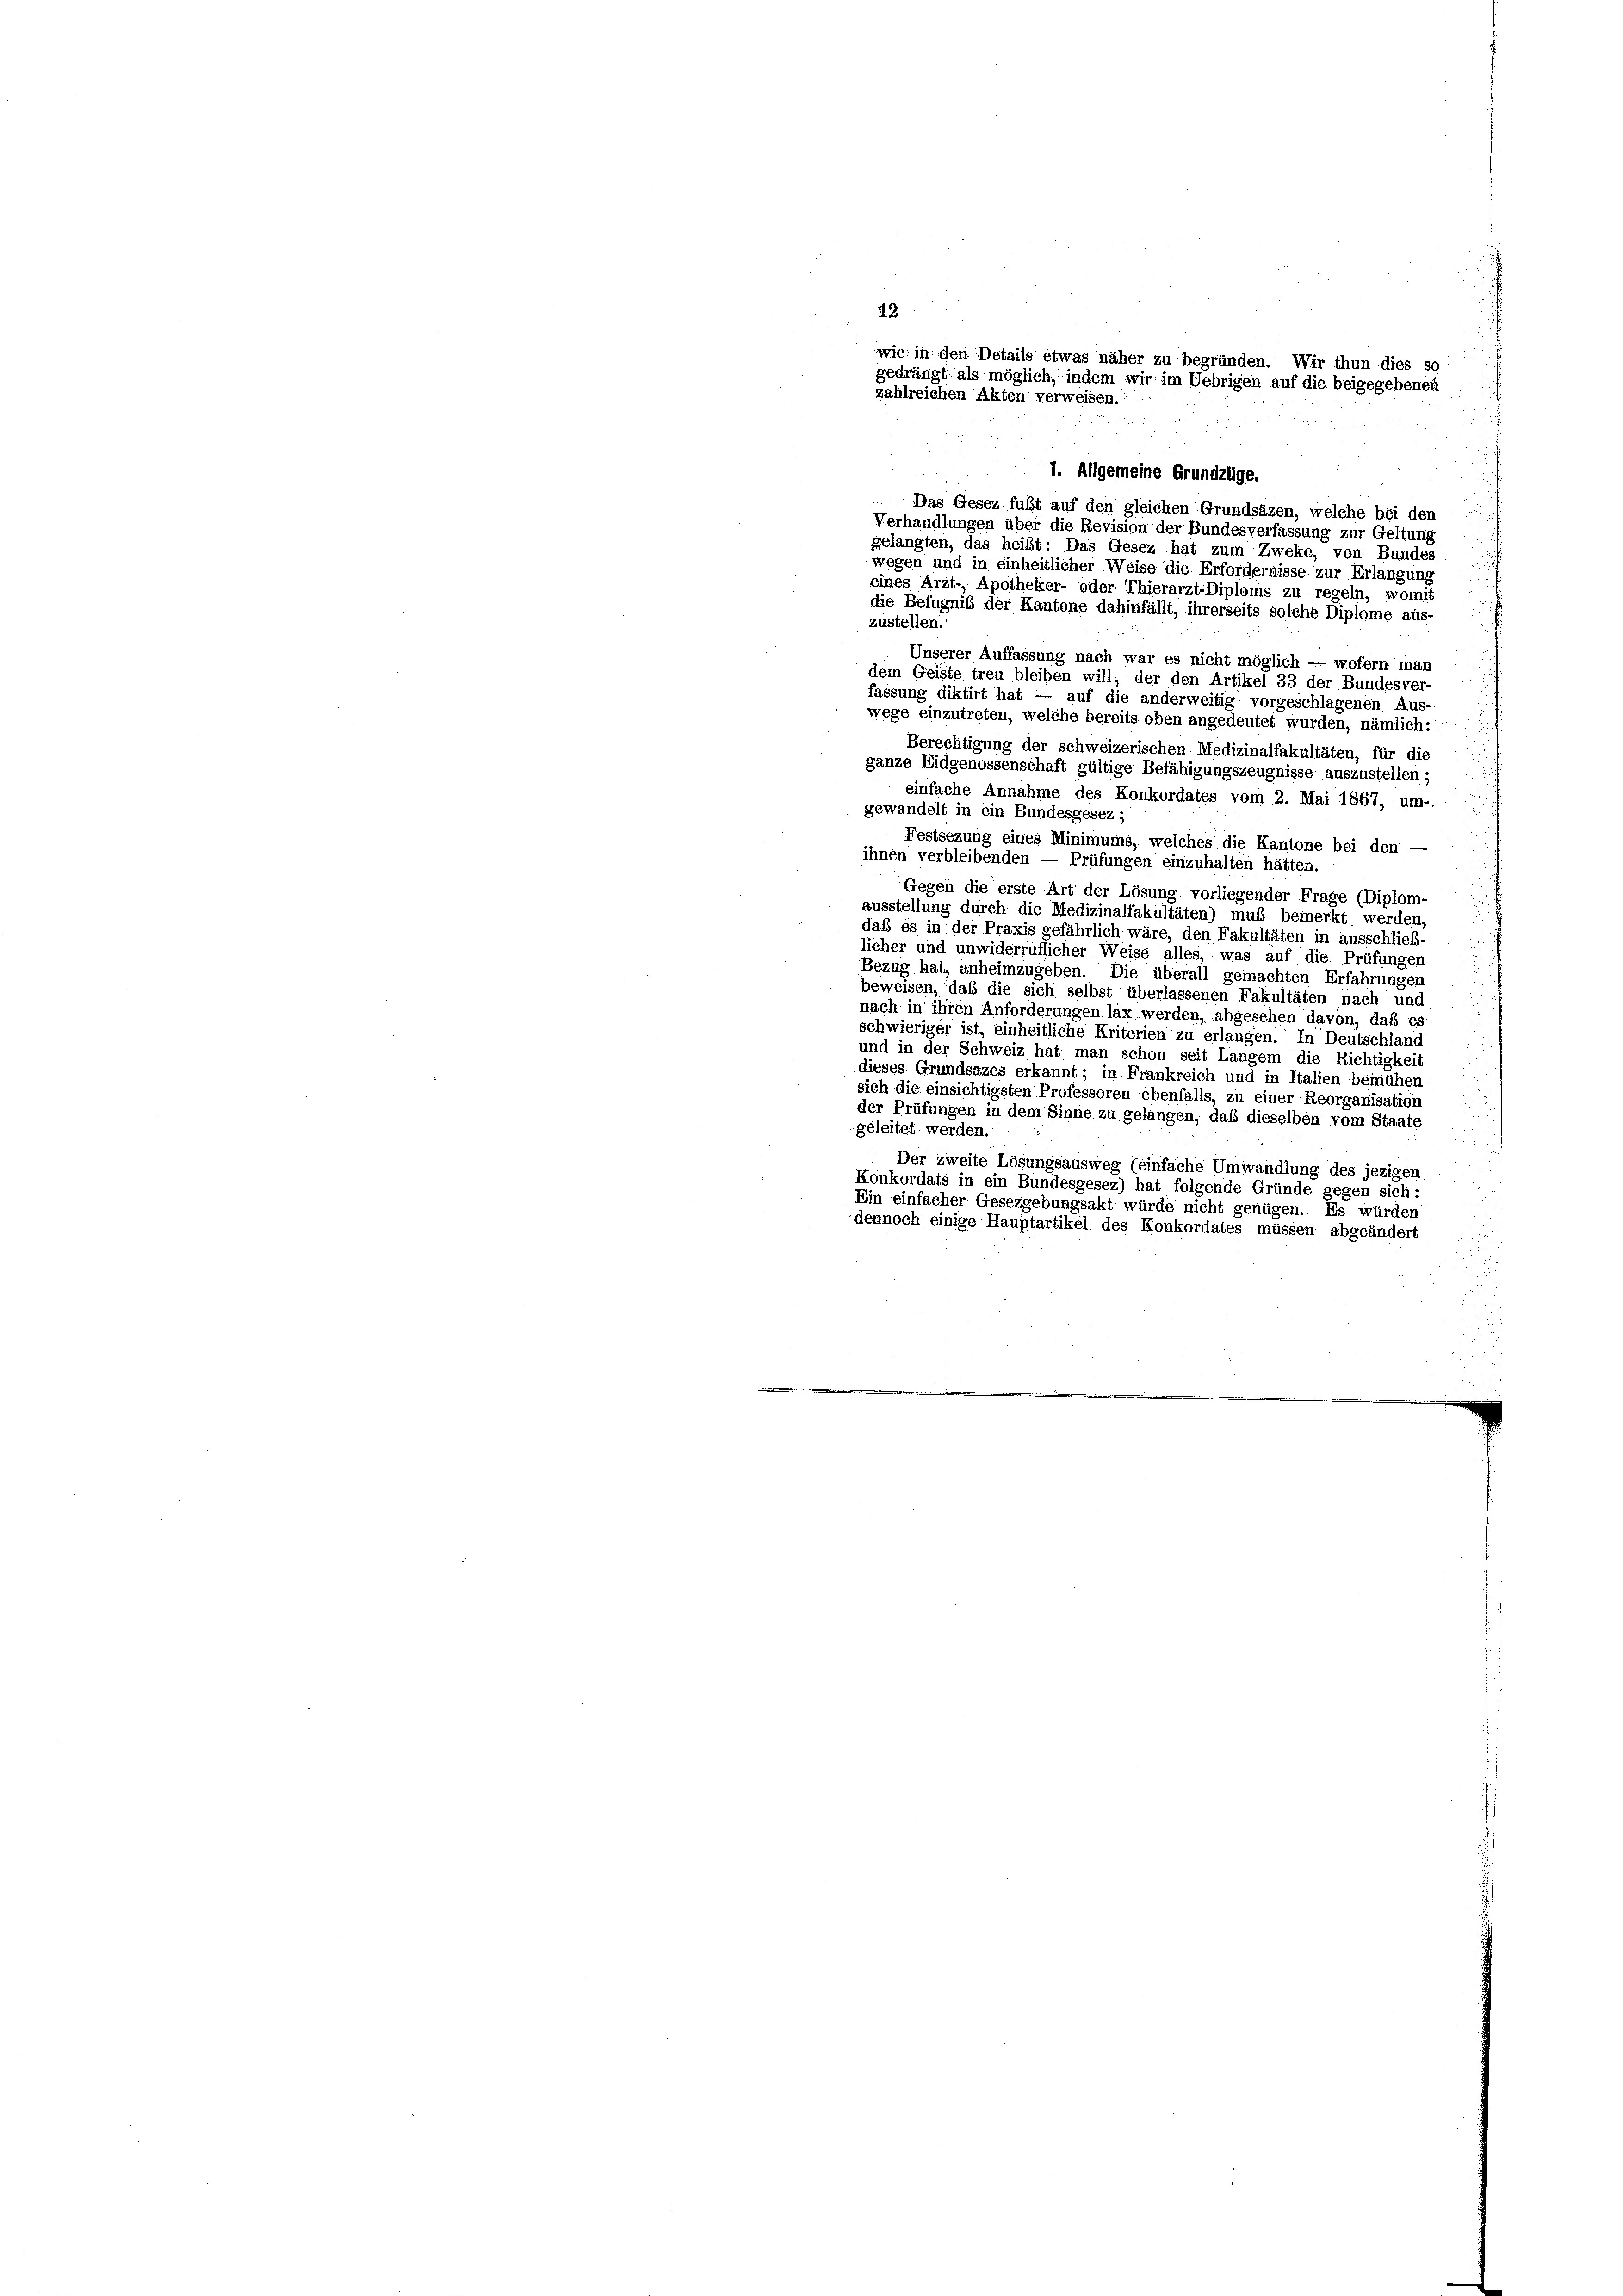
12
zahlreichen Akten verweisen.

wie in den Details etwas näher zu begründen. Wir thun dies so
gedrängt als möglich, indem wir im Uebrigen auf die beigegebenen
1. Allgemeine Grundzüge.
Das Gesez fubt auf den gleichen Grundsäzen, welche bei den
Verhandlungen über die Revision der Bundesverfassung zur Geltung
gelangten, das heibt: Das Gesez hat zum Zweke, von Bundes
wegen und in einheitlicher Weise die Erfordernisse zur Erlangung
eines Arzt- Apotheker- oder Thierarzt-Diploms zu regeln, womit
die Befugniß der Kantone dahinfällt, ihrerseits solche Diplome aus-
zustellen.
Unserer Auffassung nach war es nicht möglich — wofern man
dem Geiste treu bleiben will, der den Artikel 33 der Bundesver-
fassung diktirt hat — auf die anderweitig vorgeschlagenen Aus-
wege einzutreten, welche bereits oben angedeutet wurden, nämlich:
Berechtigung der schweizerischen Medizinalfakultäten, für die
ganze Eidgenossenschaft gültige Befähigungszeugnisse auszustellen;
einfache Annahme des Konkordates vom 2. Mai 1867, um-
gewandelt in ein Bundesgesez ;
Festsezung eines Minimums, welches die Kantone bei den —
ihnen verbleibenden — Prüfungen einzuhalten hätten.
Gegen die erste Art der Lösung vorliegender Frage (Diplom-
ausstellung durch die Medizinalfakultäten) muß bemerkt werden,
daß es in der Praxis gefährlich wäre, den Fakultäten in ausschließ-
licher und unwiderruflicher Weise alles, was auf die Prüfungen
Bezug hat, anheimzugeben. Die überall gemachten Erfahrungen
beweisen, daß die sich selbst überlassenen Fakultäten nach und
nach in ihren Anforderungen lax werden, abgesehen davon, daß es
schwieriger ist, einheitliche Kriterien zu erlangen. In Deutschland
und in der Schweiz hat man schon seit Langem die Richtigkeit
dieses Grundsazes erkannt; in Frankreich und in Italien bemühen
sich die einsichtigsten Professoren ebenfalls, zu einer Reorganisation
der Prüfungen in dem Sinne zu gelangen, daß dieselben vom Staate
geleitet werden.
Der zweite Lösungsausweg (einfache Umwandlung des jezigen
Konkordats in ein Bundesgesez) hat folgende Gründe gegen sich:
Ein einfacher Gesezgebungsakt würde nicht genügen. Es würden
dennoch einige Hauptartikel des Konkordates müssen abgeändert